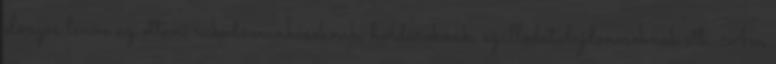
előnyös lenne az ottani rakodómunkásoknak, hordároknak, szállodatulajdonosoknak stb. Ám